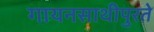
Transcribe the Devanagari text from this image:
गायनसाथीपुरते